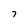
Character: 7